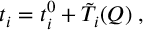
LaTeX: t _ { i } = t _ { i } ^ { 0 } + \tilde { T } _ { i } ( Q ) \; ,